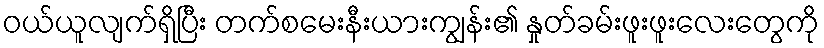
ဝယ်ယူလျက်ရှိပြီး တက်စမေးနီးယားကျွန်း၏ နှုတ်ခမ်းဖူးဖူးလေးတွေကို